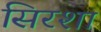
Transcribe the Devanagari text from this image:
सिरशा